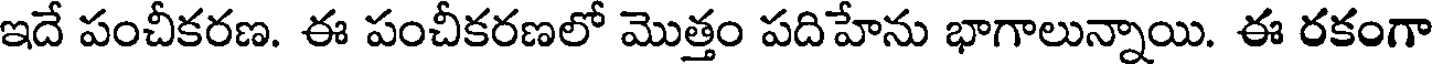
ఇదే పంచీకరణ. ఈ పంచీకరణలో మొత్తం పదిహేను భాగాలున్నాయి. ఈ రకంగా